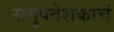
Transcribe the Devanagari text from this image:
समुपदेशकाचं